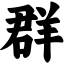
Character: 群